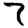
Digit: 7